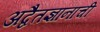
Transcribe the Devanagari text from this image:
अद्वैतज्ञानाची